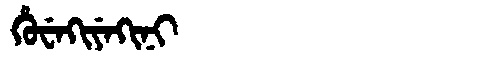
Manchu: ᡥᡠᠸᡝᡴᡳᠶᡝᡴᡳᠨᡳ
Romanization: HUWEKIYEKINI